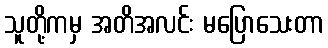
သူတို့ကမှ အတိအလင်း မပြောသေးတာ